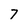
Character: 7